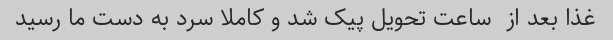
غذا بعد از  ساعت تحویل پیک شد و کاملا سرد به دست ما رسید